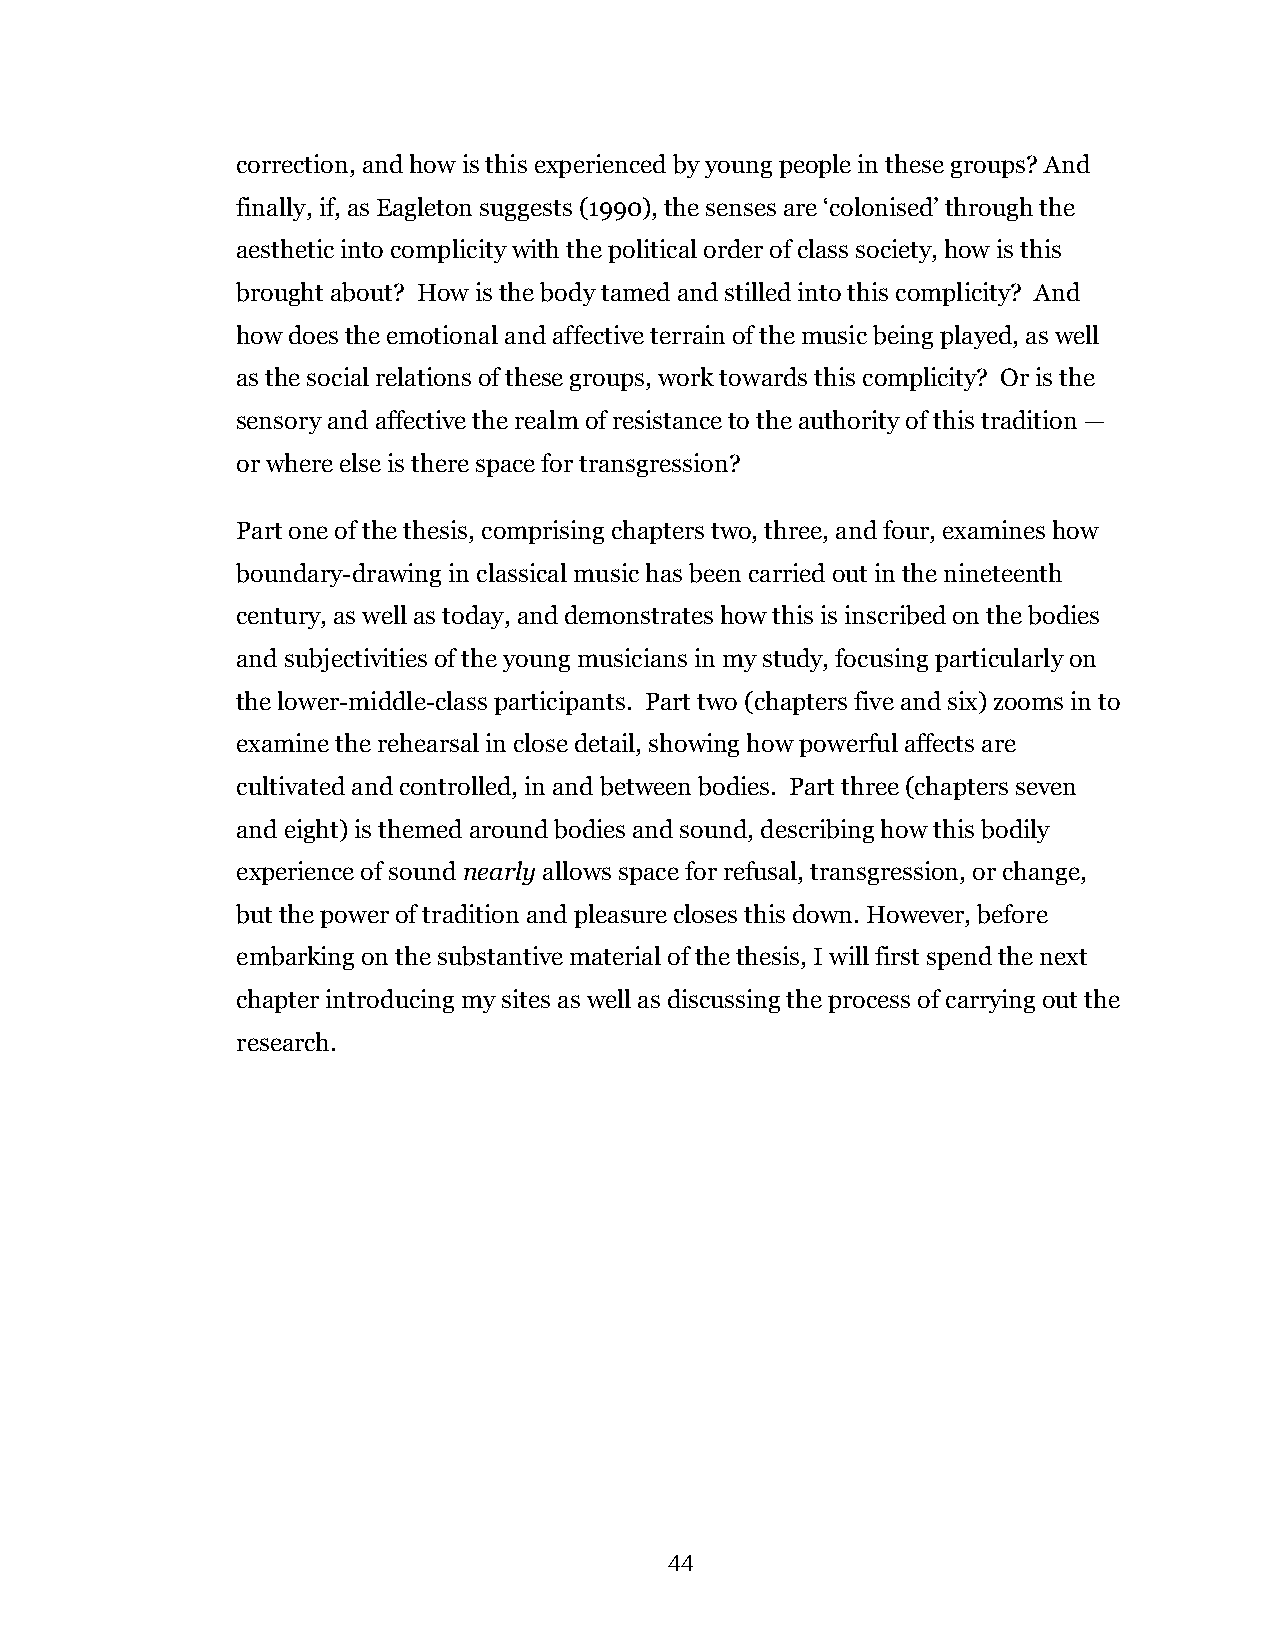
correction, and how is this experienced by young people in these groups? And
 finally, if, as Eagleton suggests (1990), the senses are ‘colonised’ through the
 aesthetic into complicity with the political order of class society, how is this
 brought about? How is the body tamed and stilled into this complicity? And
 how does the emotional and affective terrain of the music being played, as well
 as the social relations of these groups, work towards this complicity? Or is the
 sensory and affective the realm of resistance to the authority of this tradition —
 or where else is there space for transgression?
 Part one of the thesis, comprising chapters two, three, and four, examines how
 boundary-drawing in classical music has been carried out in the nineteenth
 century, as well as today, and demonstrates how this is inscribed on the bodies
 and subjectivities of the young musicians in my study, focusing particularly on
 the lower-middle-class participants. Part two (chapters five and six) zooms in to
 examine the rehearsal in close detail, showing how powerful affects are
 cultivated and controlled, in and between bodies. Part three (chapters seven
 and eight) is themed around bodies and sound, describing how this bodily
 experience of sound nearly allows space for refusal, transgression, or change,
 but the power of tradition and pleasure closes this down. However, before
 embarking on the substantive material of the thesis, I will first spend the next
 chapter introducing my sites as well as discussing the process of carrying out the
 research.
 44